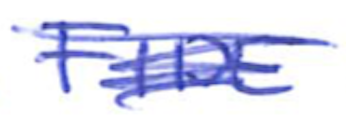
Text: FIDE
Cross-out: scratch
Writing tool: ballpoint